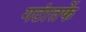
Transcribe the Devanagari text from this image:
गटांतर्फे